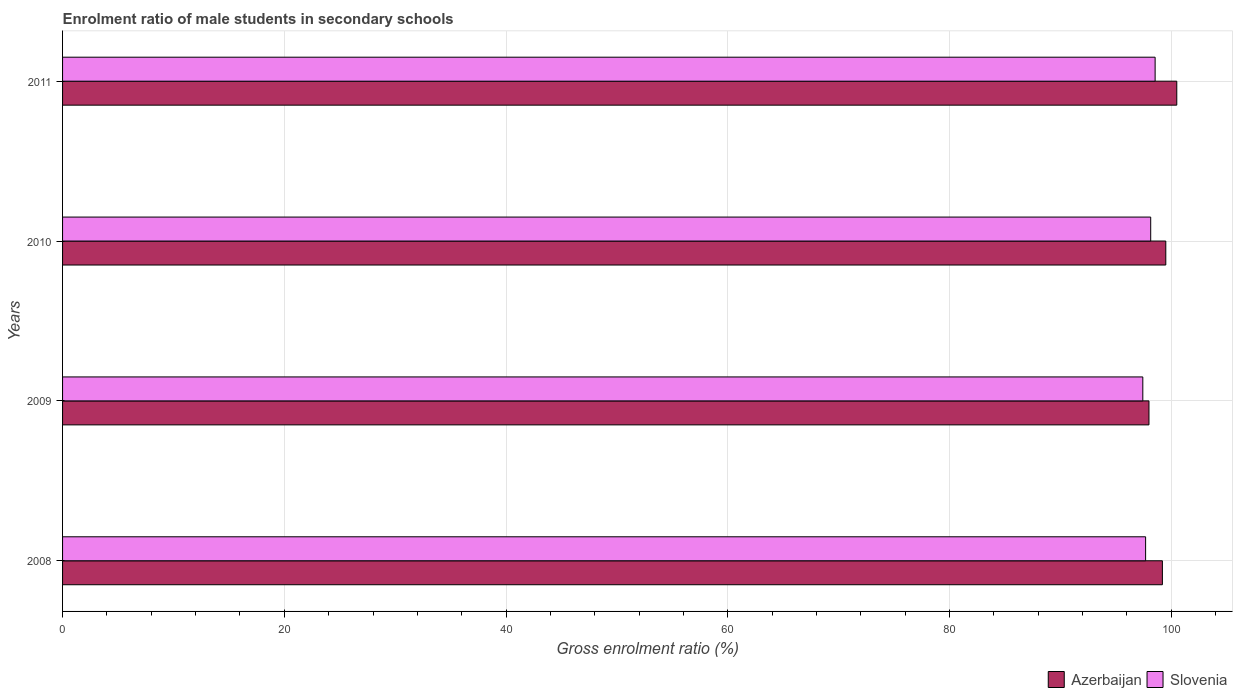
| Years | Azerbaijan | Slovenia |
 | --- | --- | --- |
 | 2008 | 99.2 | 97.7 |
 | 2009 | 98 | 97.4 |
 | 2010 | 99.5 | 98.1 |
 | 2011 | 100 | 98.5 |